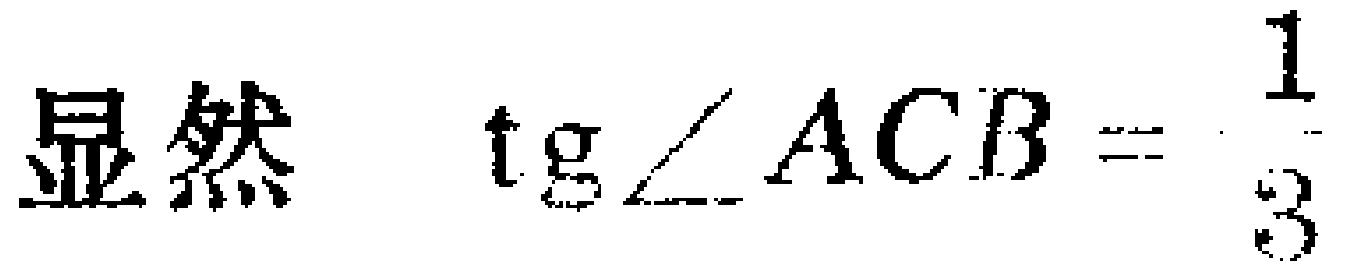
显然 $\operatorname{tg}\angle ACB = \frac{1}{3}$